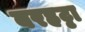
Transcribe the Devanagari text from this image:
बरहट्टा